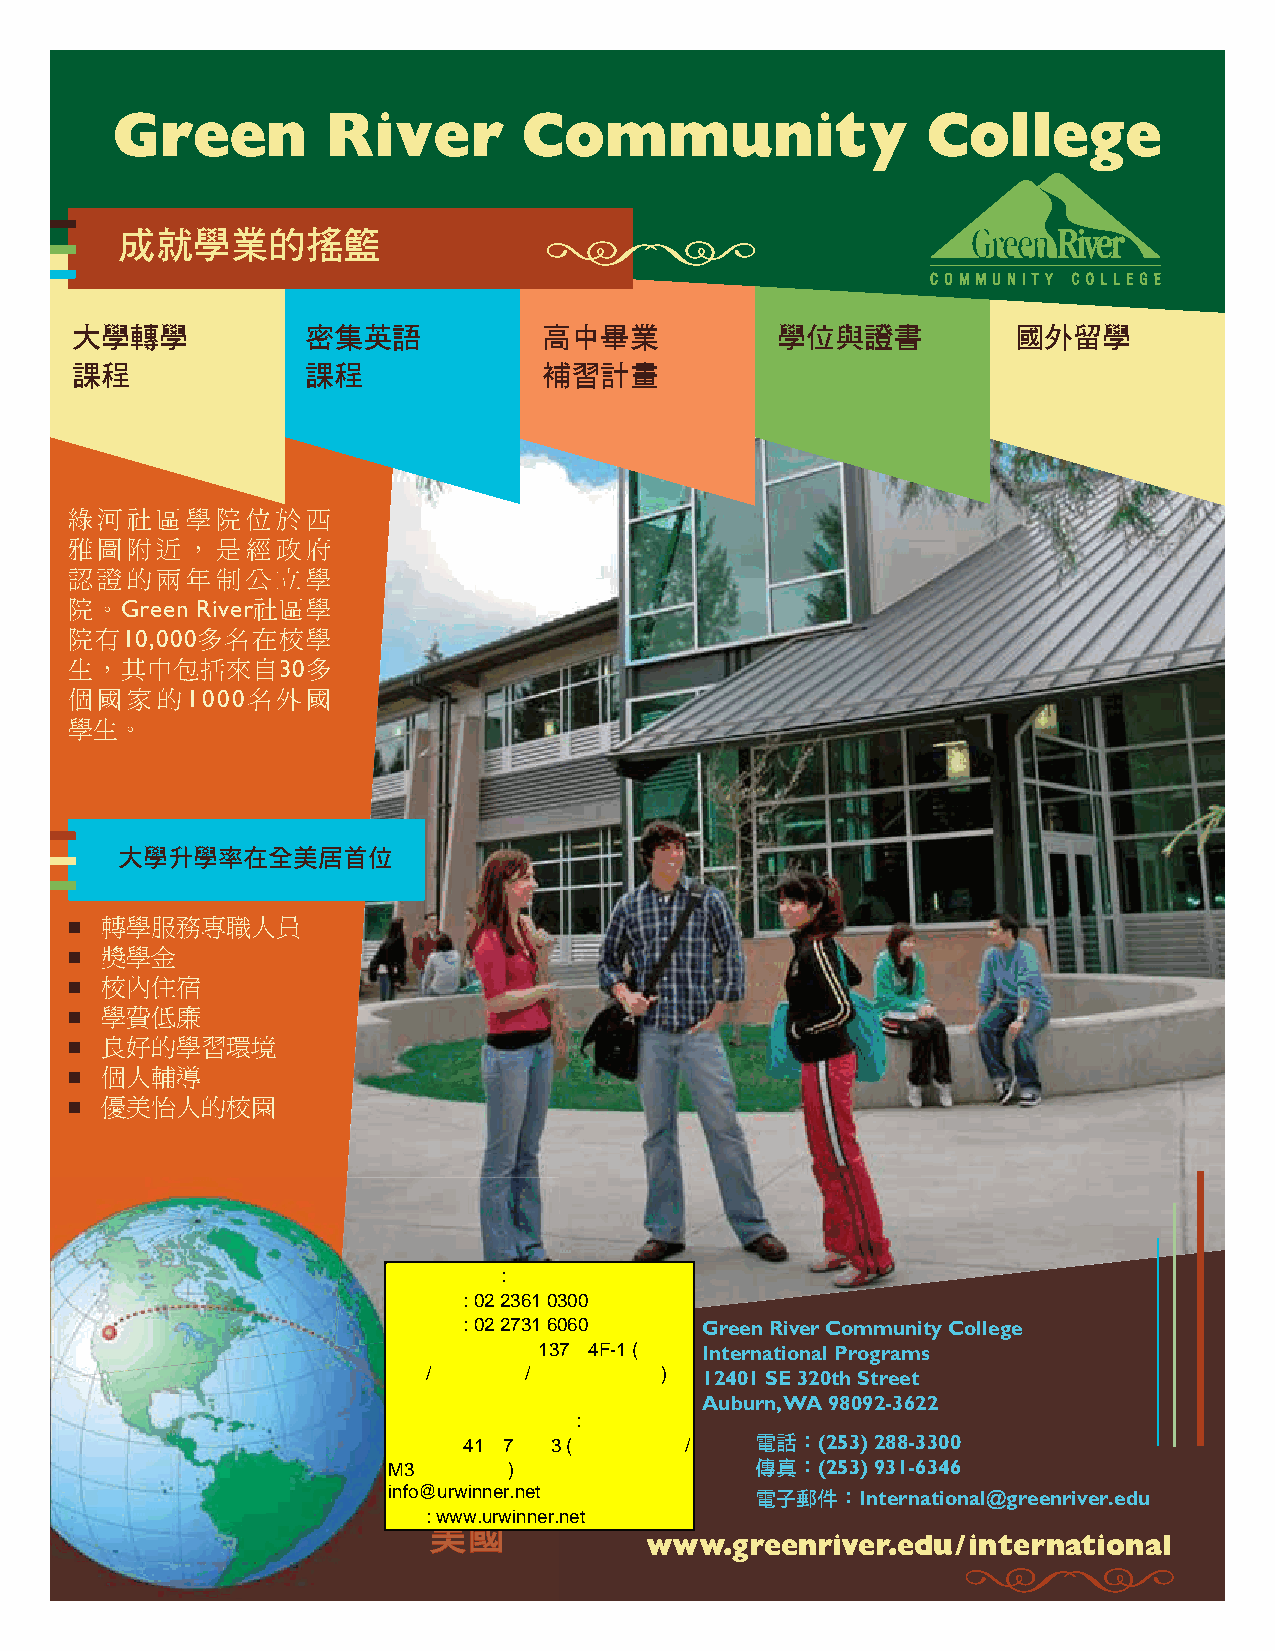
Green         River        Community                 College
 成就學業的搖籃
 大學轉學           密集英語            高中畢業           學位與證書           國外留學
 課程             課程              補習計畫
 綠河社區學院位於西
 雅圖附近，是經政府
 認證的兩年制公立學
 院。Green River社區學
 院有10,000多名在校學
 生，其中包括來自30多
 個國家的1000名外國
 學生。
 大學升學率在全美居首位
   轉學服務專職人員
   獎學金
   校內住宿
   學費低廉
   良好的學習環境
   個人輔導
   優美怡人的校園
 Green River Community College
 International Programs
 12401 SE 320th Street
 Auburn, WA 98092-3622
 電話：(253) 288-3300
 華盛頓州                  傳真：(253) 931-6346
 西雅圖市附近                電子郵件：International@greenriver.edu
 美美國國
 www.greenriver.edu/international